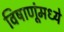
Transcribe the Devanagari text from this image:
विषाणूंमध्ये